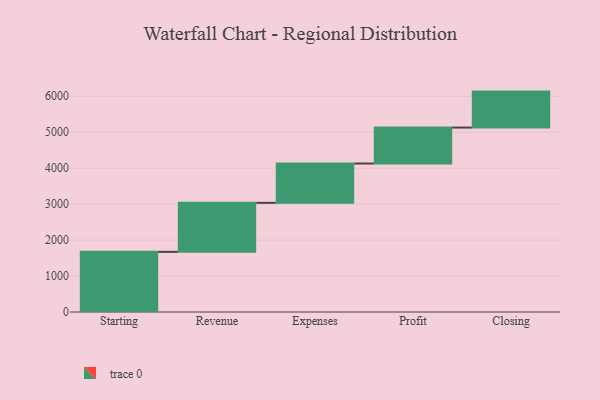
{"axis": {"x": "Step", "y": "Value"}, "legend": [""], "data": [{"x": "Starting", "y": 1672.0, "type": ""}, {"x": "Revenue", "y": 1364.0, "type": ""}, {"x": "Expenses", "y": 1093.0, "type": ""}, {"x": "Profit", "y": 1000, "type": ""}, {"x": "Closing", "y": 1000, "type": ""}]}